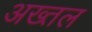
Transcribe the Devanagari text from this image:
अख्तल